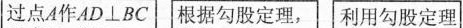
过点A作AD \perp BC 根据勾股定理，│利用勾股定理